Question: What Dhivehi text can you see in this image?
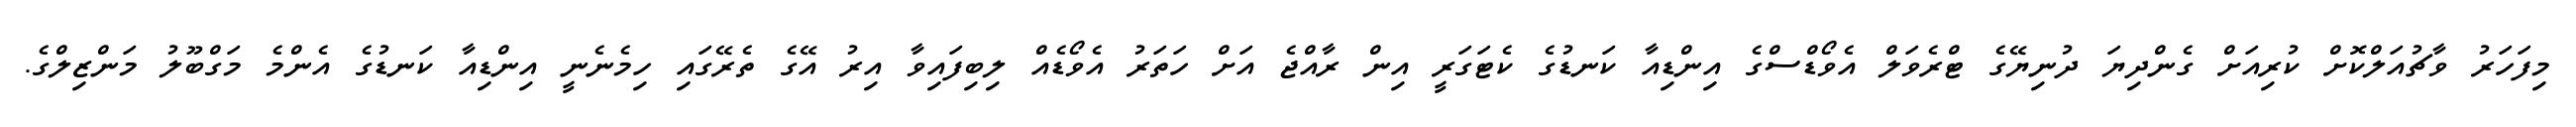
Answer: މިފަހަރު ވާޗުއަލްކޮށް ކުރިއަށް ގެންދިޔަ ދުނިޔޭގެ ޓްރެވަލް އެވޯޑްސްގެ އިންޑިއާ ކަނޑުގެ ކެޓަގަރީ އިން ރާއްޖެ އަށް ހަތަރު އެވޯޑެއް ލިބިފައިވާ އިރު އޭގެ ތެރޭގައި ހިމެނެނީ އިންޑިއާ ކަނޑުގެ އެންމެ މަގްބޫލު މަންޒިލްގެ.